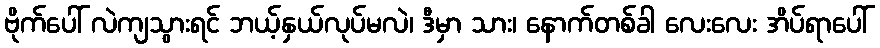
ဗိုက်ပေါ် လဲကျသွားရင် ဘယ့်နှယ်လုပ်မလဲ၊ ဒီမှာ သား၊ နောက်တစ်ခါ လေးလေး အိပ်ရာပေါ်